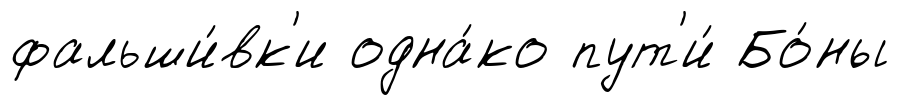
фальши́вк'и одна́ко пут'и́ Бо́ны